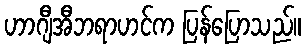
ဟာဂျီအီဘရာဟင်က ပြန်ပြောသည်။